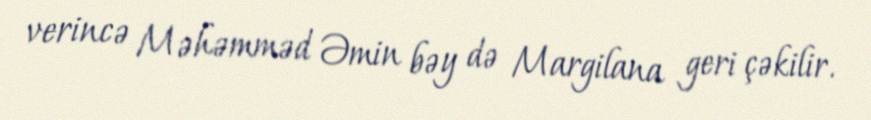
verincə Məhəmməd Əmin bəy də Margilana geri çəkilir.